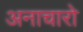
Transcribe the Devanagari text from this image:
अनाचारो